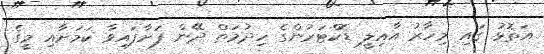
އަތޮޅު ގައި މިހާރު އާއިލީ ޑޮކްޓަރުންގެ ހިދުމަތް ދޭން ފަށާފައިވާ ކަމަށާއި މީގެ